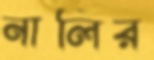
নালির